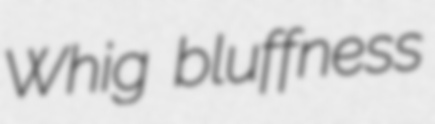
Whig bluffness